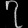
Digit: ၇